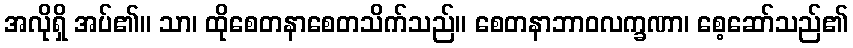
အလိုရှိ အပ်၏။ သာ၊ ထိုစေတနာစေတသိက်သည်။ စေတနာဘာဝလက္ခဏာ၊ စေ့ဆော်သည်၏